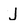
Character: J